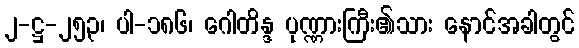
၂-ဋ္ဌ-၂၅၃၊ ပါ-၁၈၆၊ ဂေါတိန္ဒ ပုဏ္ဏားကြီး၏သား နောင်အခါတွင်